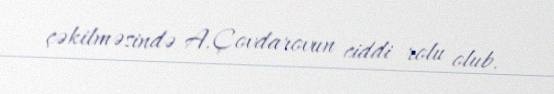
çəkilməsində A.Çovdarovun ciddi rolu olub.